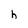
Character: h